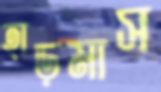
হাড়মাস